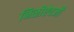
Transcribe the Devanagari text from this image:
निळीऐवजी